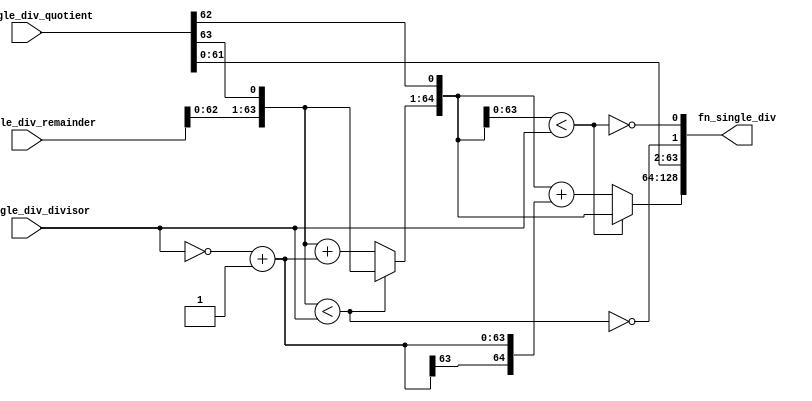
//
// Generated by Bluespec Compiler, version 2021.07-1-gaf77efcd (build af77efcd)
//
// On Mon Dec  6 11:50:43 IST 2021
//
//
// Ports:
// Name                         I/O  size props
// fn_single_div                  O   129
// fn_single_div_remainder        I    65
// fn_single_div_quotient         I    64
// fn_single_div_divisor          I    64
//
// Combinational paths from inputs to outputs:
//   (fn_single_div_remainder,
//    fn_single_div_quotient,
//    fn_single_div_divisor) -> fn_single_div
//
//

`ifdef BSV_ASSIGNMENT_DELAY
`else
  `define BSV_ASSIGNMENT_DELAY
`endif

`ifdef BSV_POSITIVE_RESET
  `define BSV_RESET_VALUE 1'b1
  `define BSV_RESET_EDGE posedge
`else
  `define BSV_RESET_VALUE 1'b0
  `define BSV_RESET_EDGE negedge
`endif

module module_fn_single_div(fn_single_div_remainder,
			    fn_single_div_quotient,
			    fn_single_div_divisor,
			    fn_single_div);
  // value method fn_single_div
  input  [64 : 0] fn_single_div_remainder;
  input  [63 : 0] fn_single_div_quotient;
  input  [63 : 0] fn_single_div_divisor;
  output [128 : 0] fn_single_div;

  // signals for module outputs
  wire [128 : 0] fn_single_div;

  // remaining internal signals
  wire [64 : 0] IF_fn_single_div_remainder_BITS_62_TO_0_CONCAT_ETC___d11,
		SEXT_INV_fn_single_div_divisor_PLUS_1____d9,
		remainder__h70,
		remainder__h83,
		sub__h72,
		sub__h85,
		x__h24;
  wire [63 : 0] x__h172, x__h177;
  wire IF_fn_single_div_remainder_BITS_62_TO_0_CONCAT_ETC___d15,
       fn_single_div_remainder_BITS_62_TO_0_CONCAT_fn_ETC___d4;

  // value method fn_single_div
  assign fn_single_div = { x__h24, x__h177 } ;

  // remaining internal signals
  assign IF_fn_single_div_remainder_BITS_62_TO_0_CONCAT_ETC___d11 =
	     fn_single_div_remainder_BITS_62_TO_0_CONCAT_fn_ETC___d4 ?
	       remainder__h83 :
	       sub__h85 ;
  assign IF_fn_single_div_remainder_BITS_62_TO_0_CONCAT_ETC___d15 =
	     { IF_fn_single_div_remainder_BITS_62_TO_0_CONCAT_ETC___d11[62:0],
	       fn_single_div_quotient[62] } <
	     fn_single_div_divisor ;
  assign SEXT_INV_fn_single_div_divisor_PLUS_1____d9 =
	     { x__h172[63], x__h172 } ;
  assign fn_single_div_remainder_BITS_62_TO_0_CONCAT_fn_ETC___d4 =
	     { fn_single_div_remainder[62:0], fn_single_div_quotient[63] } <
	     fn_single_div_divisor ;
  assign remainder__h70 =
	     { IF_fn_single_div_remainder_BITS_62_TO_0_CONCAT_ETC___d11[63:0],
	       fn_single_div_quotient[62] } ;
  assign remainder__h83 =
	     { fn_single_div_remainder[63:0], fn_single_div_quotient[63] } ;
  assign sub__h72 =
	     remainder__h70 + SEXT_INV_fn_single_div_divisor_PLUS_1____d9 ;
  assign sub__h85 =
	     remainder__h83 + SEXT_INV_fn_single_div_divisor_PLUS_1____d9 ;
  assign x__h172 = ~fn_single_div_divisor + 64'd1 ;
  assign x__h177 =
	     { fn_single_div_quotient[61:0],
	       !fn_single_div_remainder_BITS_62_TO_0_CONCAT_fn_ETC___d4,
	       !IF_fn_single_div_remainder_BITS_62_TO_0_CONCAT_ETC___d15 } ;
  assign x__h24 =
	     IF_fn_single_div_remainder_BITS_62_TO_0_CONCAT_ETC___d15 ?
	       remainder__h70 :
	       sub__h72 ;
endmodule  // module_fn_single_div